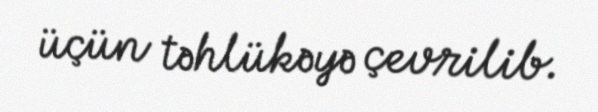
üçün təhlükəyə çevrilib.